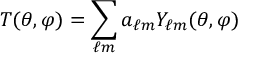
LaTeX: T ( \theta , \varphi ) = \sum _ { \ell m } a _ { \ell m } Y _ { \ell m } ( \theta , \varphi )